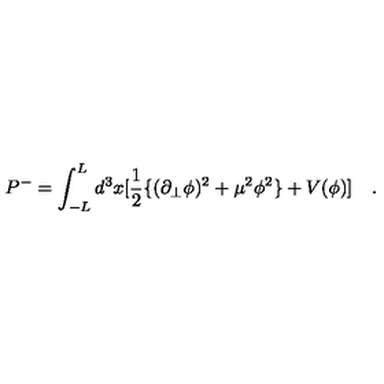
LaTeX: P ^ { - } = \int _ { - L } ^ { L } d ^ { 3 } x [ \frac { 1 } { 2 } \{ ( \partial _ { \bot } \phi ) ^ { 2 } + \mu ^ { 2 } \phi ^ { 2 } \} + V ( \phi ) ] \quad .